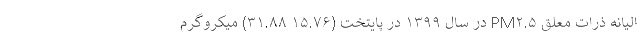
الیانه ذرات معلق PM۲.۵ در سال ۱۳۹۹ در پایتخت (۱۵.۷۶ ۳۱.۸۸) میکروگرم